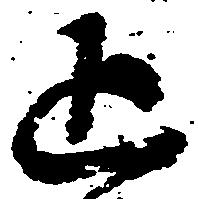
追